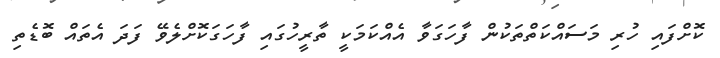
ކޮށްފައި ހުރި މަސައްކަތްތަކުން ފާހަގަވާ އެއްކަމަކީ ތާރީހުގައި ފާހަގަކޮށްލެވޭ ފަދަ އެތައް ބޮޑެތި